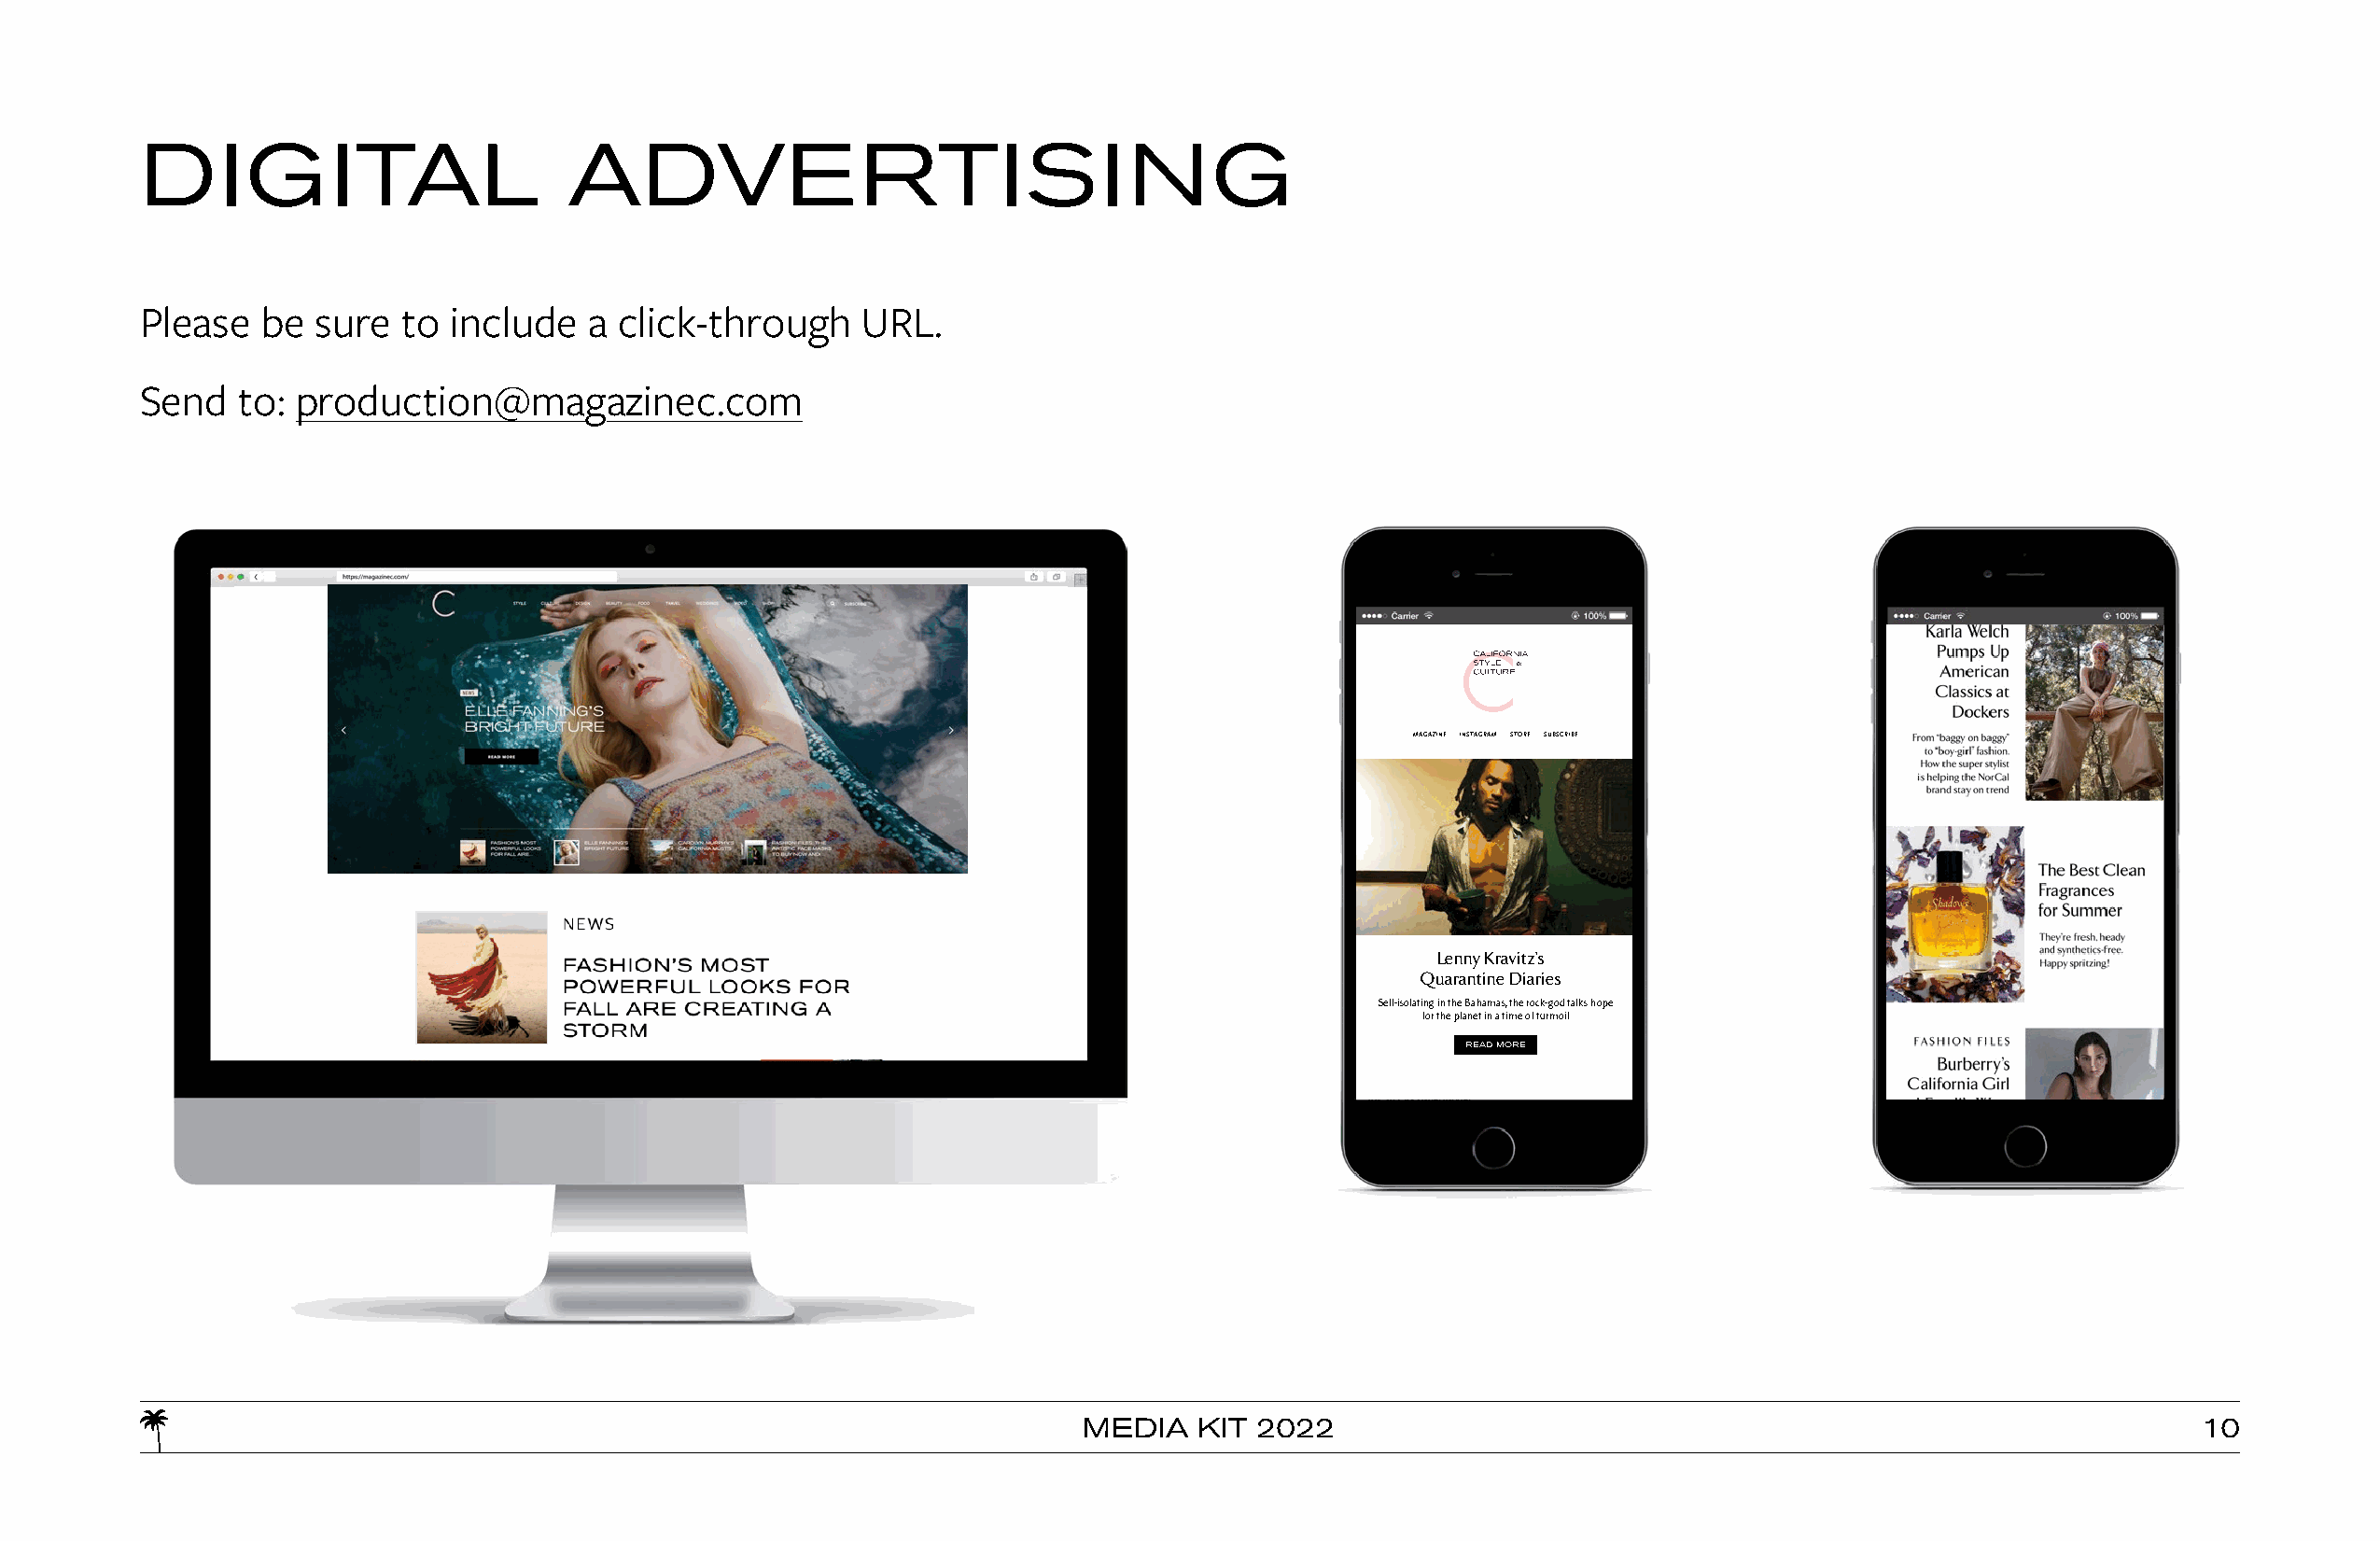
DIGITAL                       ADVERTISING
 Please   be sure   to include   a click-through    URL.
 Send   to: production@magazinec.com
 MAGAZINE INSTAGRAM STORE SUBSCRIBE
 Lenny Kravitz’s
 Quarantine Diaries
 Self-isolating in the Bahamas, the rock-god talks hope
 for the planet in a time of turmoil
 READ MORE
 The Parachute
 Founder’s
 Design Secrets
 From Venice bungalow
 Ariel Kaye shares her
 winning formula
 L.A.’s Best
 Market Boxes to
 Pick Up
 MEDIA   KIT 2022                                                               10
 Our favorite restaurants
 pivoting to farm-fresh
 packages for your
 Art in the
 Time of
 Isolation
 A new social media
 exhibition asks
 Californian artists
 to respond to the
 new normal
 The Distilleries
 Crafting Spirits
 and Sanitizer
 Brewers and booze
 purveyors enter the
 battle for public health
 A CALIFORNIA CONCEPT STORE BY C MAGAZINE
 SAVING
 FACE
 California-made
 serums which work
 wonders
 SHOP
 HIGH
 SPECS
 The sunglasses
 putting others in
 the shade
 SHOP
 NEVER MISS
 AN ISSUE
 Get the ultimate
 insider's guide to
 The Golden State
 SUBSCRIBE
 Follow us